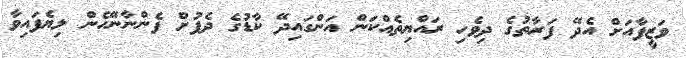
ވަޒީފާއަށް އެދޭ ފަރާތުގެ ދިވެހި ރައްޔިތެއްކަން އަންގައިދޭ ކާޑުގެ ދެފުށް ފެންނާނޭހެން ލިޔެފައިވާ